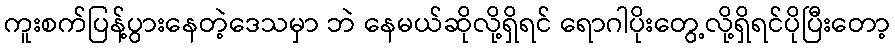
ကူးစက်ပြန့်ပွားနေတဲ့ဒေသမှာ ဘဲ နေမယ်ဆိုလို့ရှိရင် ရောဂါပိုးတွေ့လို့ရှိရင်ပိုပြီးတော့